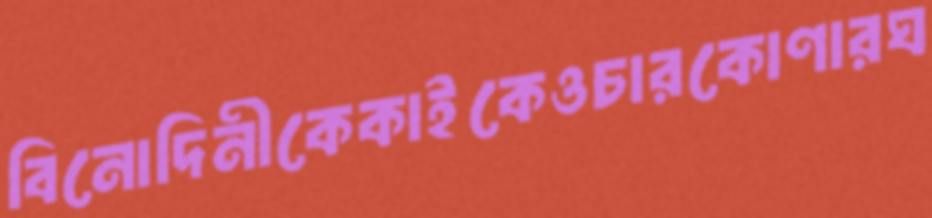
বিনোদিনীকেকাইকেওচারকোণারঘ